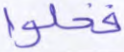
فخلوا